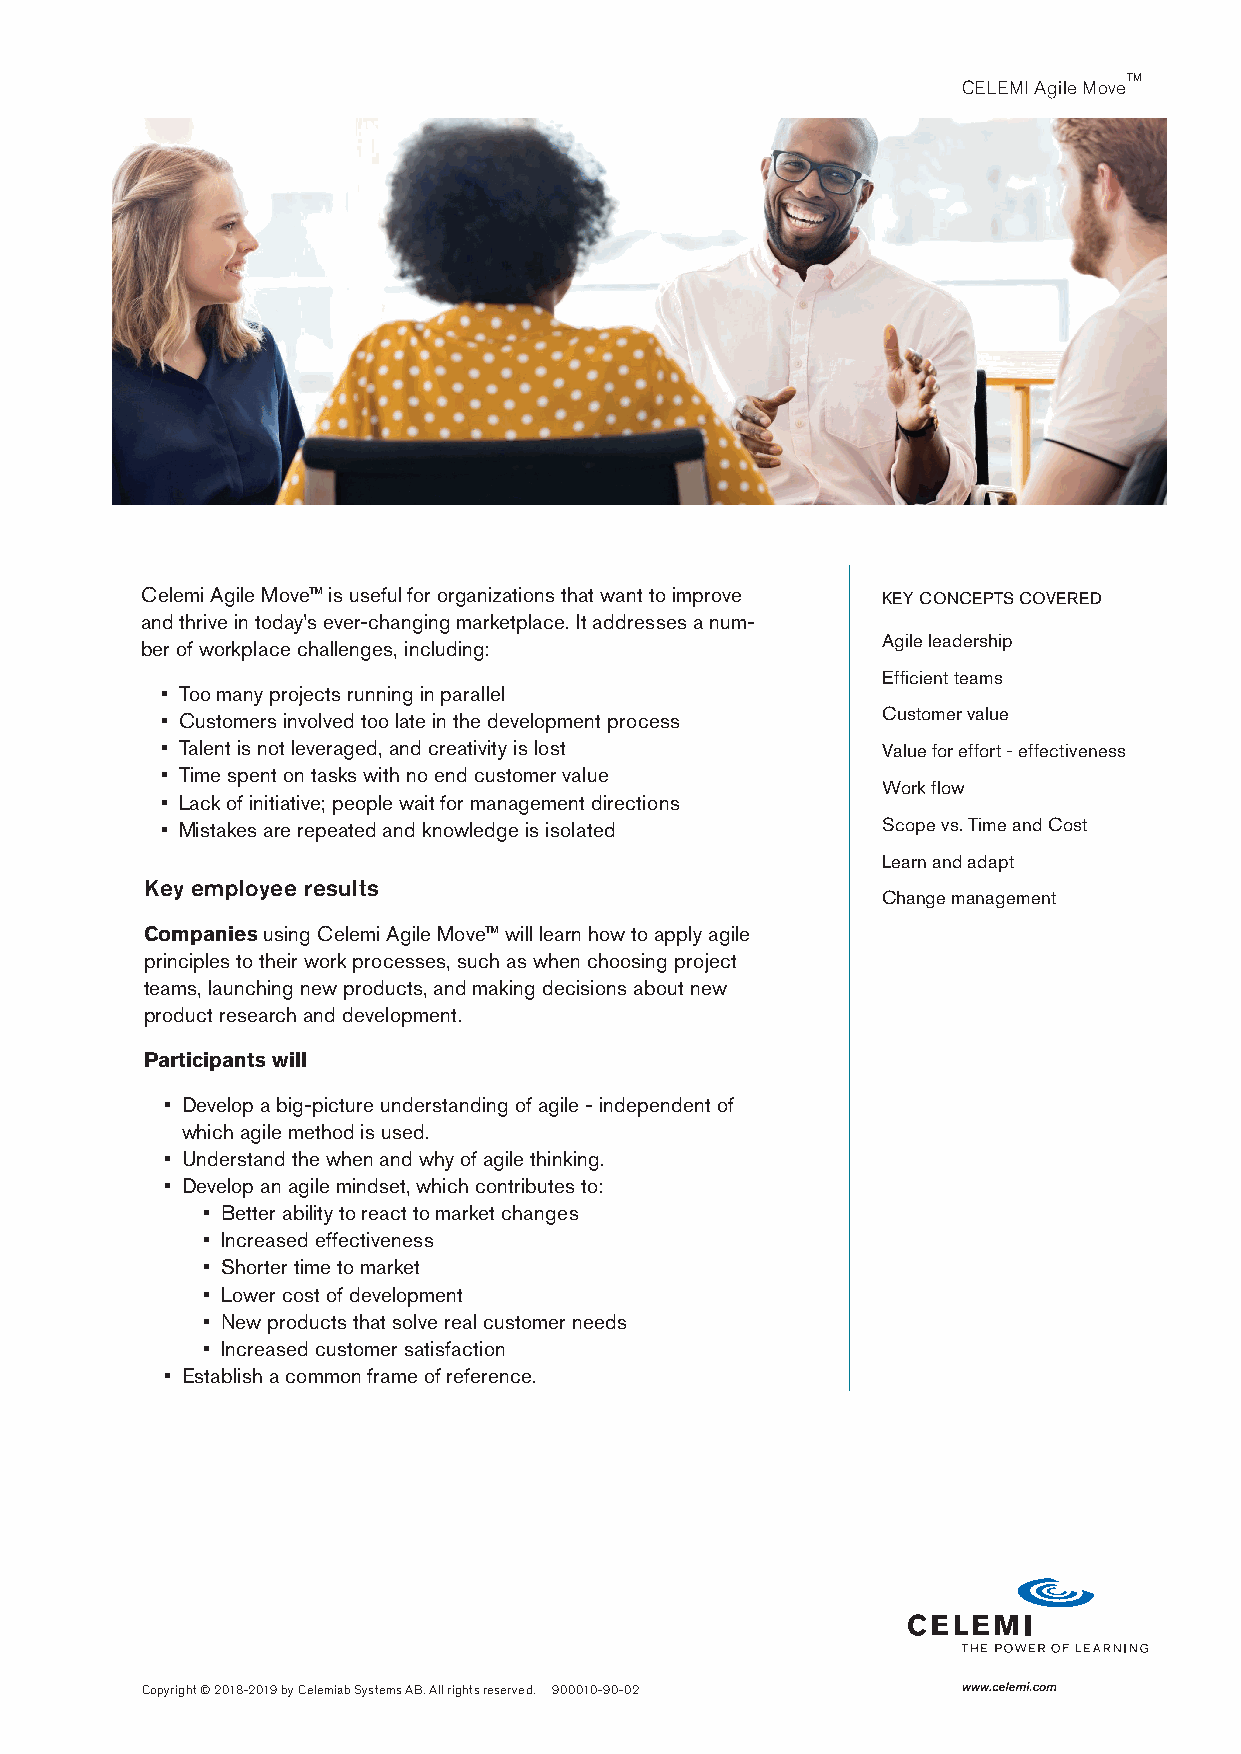
TM
 CELEMI Agile Move
 What  clients say
 “Citat”
 – President orXXX
 Celemi Agile Move™ is useful for organizations that want to improve KEY CONCEPTS COVERED
 and thrive in today’s ever-changing marketplace. It addresses a num-
 Agile leadership
 ber of workplace challenges, including:
 Efficient teams
 • Too many projects running in parallel
 Customer value
 • Customers involved too late in the development process
 • Talent is not leveraged, and creativity is lost Value for effort - effectiveness
 • Time spent on tasks with no end customer value
 Work flow
 • Lack of initiative; people wait for management directions
 • Mistakes are repeated and knowledge is isolated Scope vs. Time and Cost
 Learn and adapt
 Key employee results
 Change management
 Companies using Celemi Agile Move™ will learn how to apply agile
 principles to their work processes, such as when choosing project
 teams, launching new products, and making decisions about new
 product research and development.
 Participants will
 • Develop a big-picture understanding of agile - independent of
 which agile method is used.
 • Understand the when and why of agile thinking.
 • Develop an agile mindset, which contributes to:
 • Better ability to react to market changes
 • Increased effectiveness
 • Shorter time to market
 • Lower cost of development
 • New products that solve real customer needs
 • Increased customer satisfaction
 • Establish a common frame of reference.
 Copyright © 2018-2019 by Celemiab Systems AB. All rights reserved. 900010-90-02